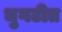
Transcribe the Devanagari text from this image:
धुगटीत